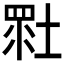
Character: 𡎯